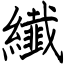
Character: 纎